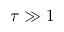
\tau \gg 1